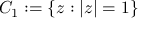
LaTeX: C _ { 1 } : = \{ z : | z | = 1 \}